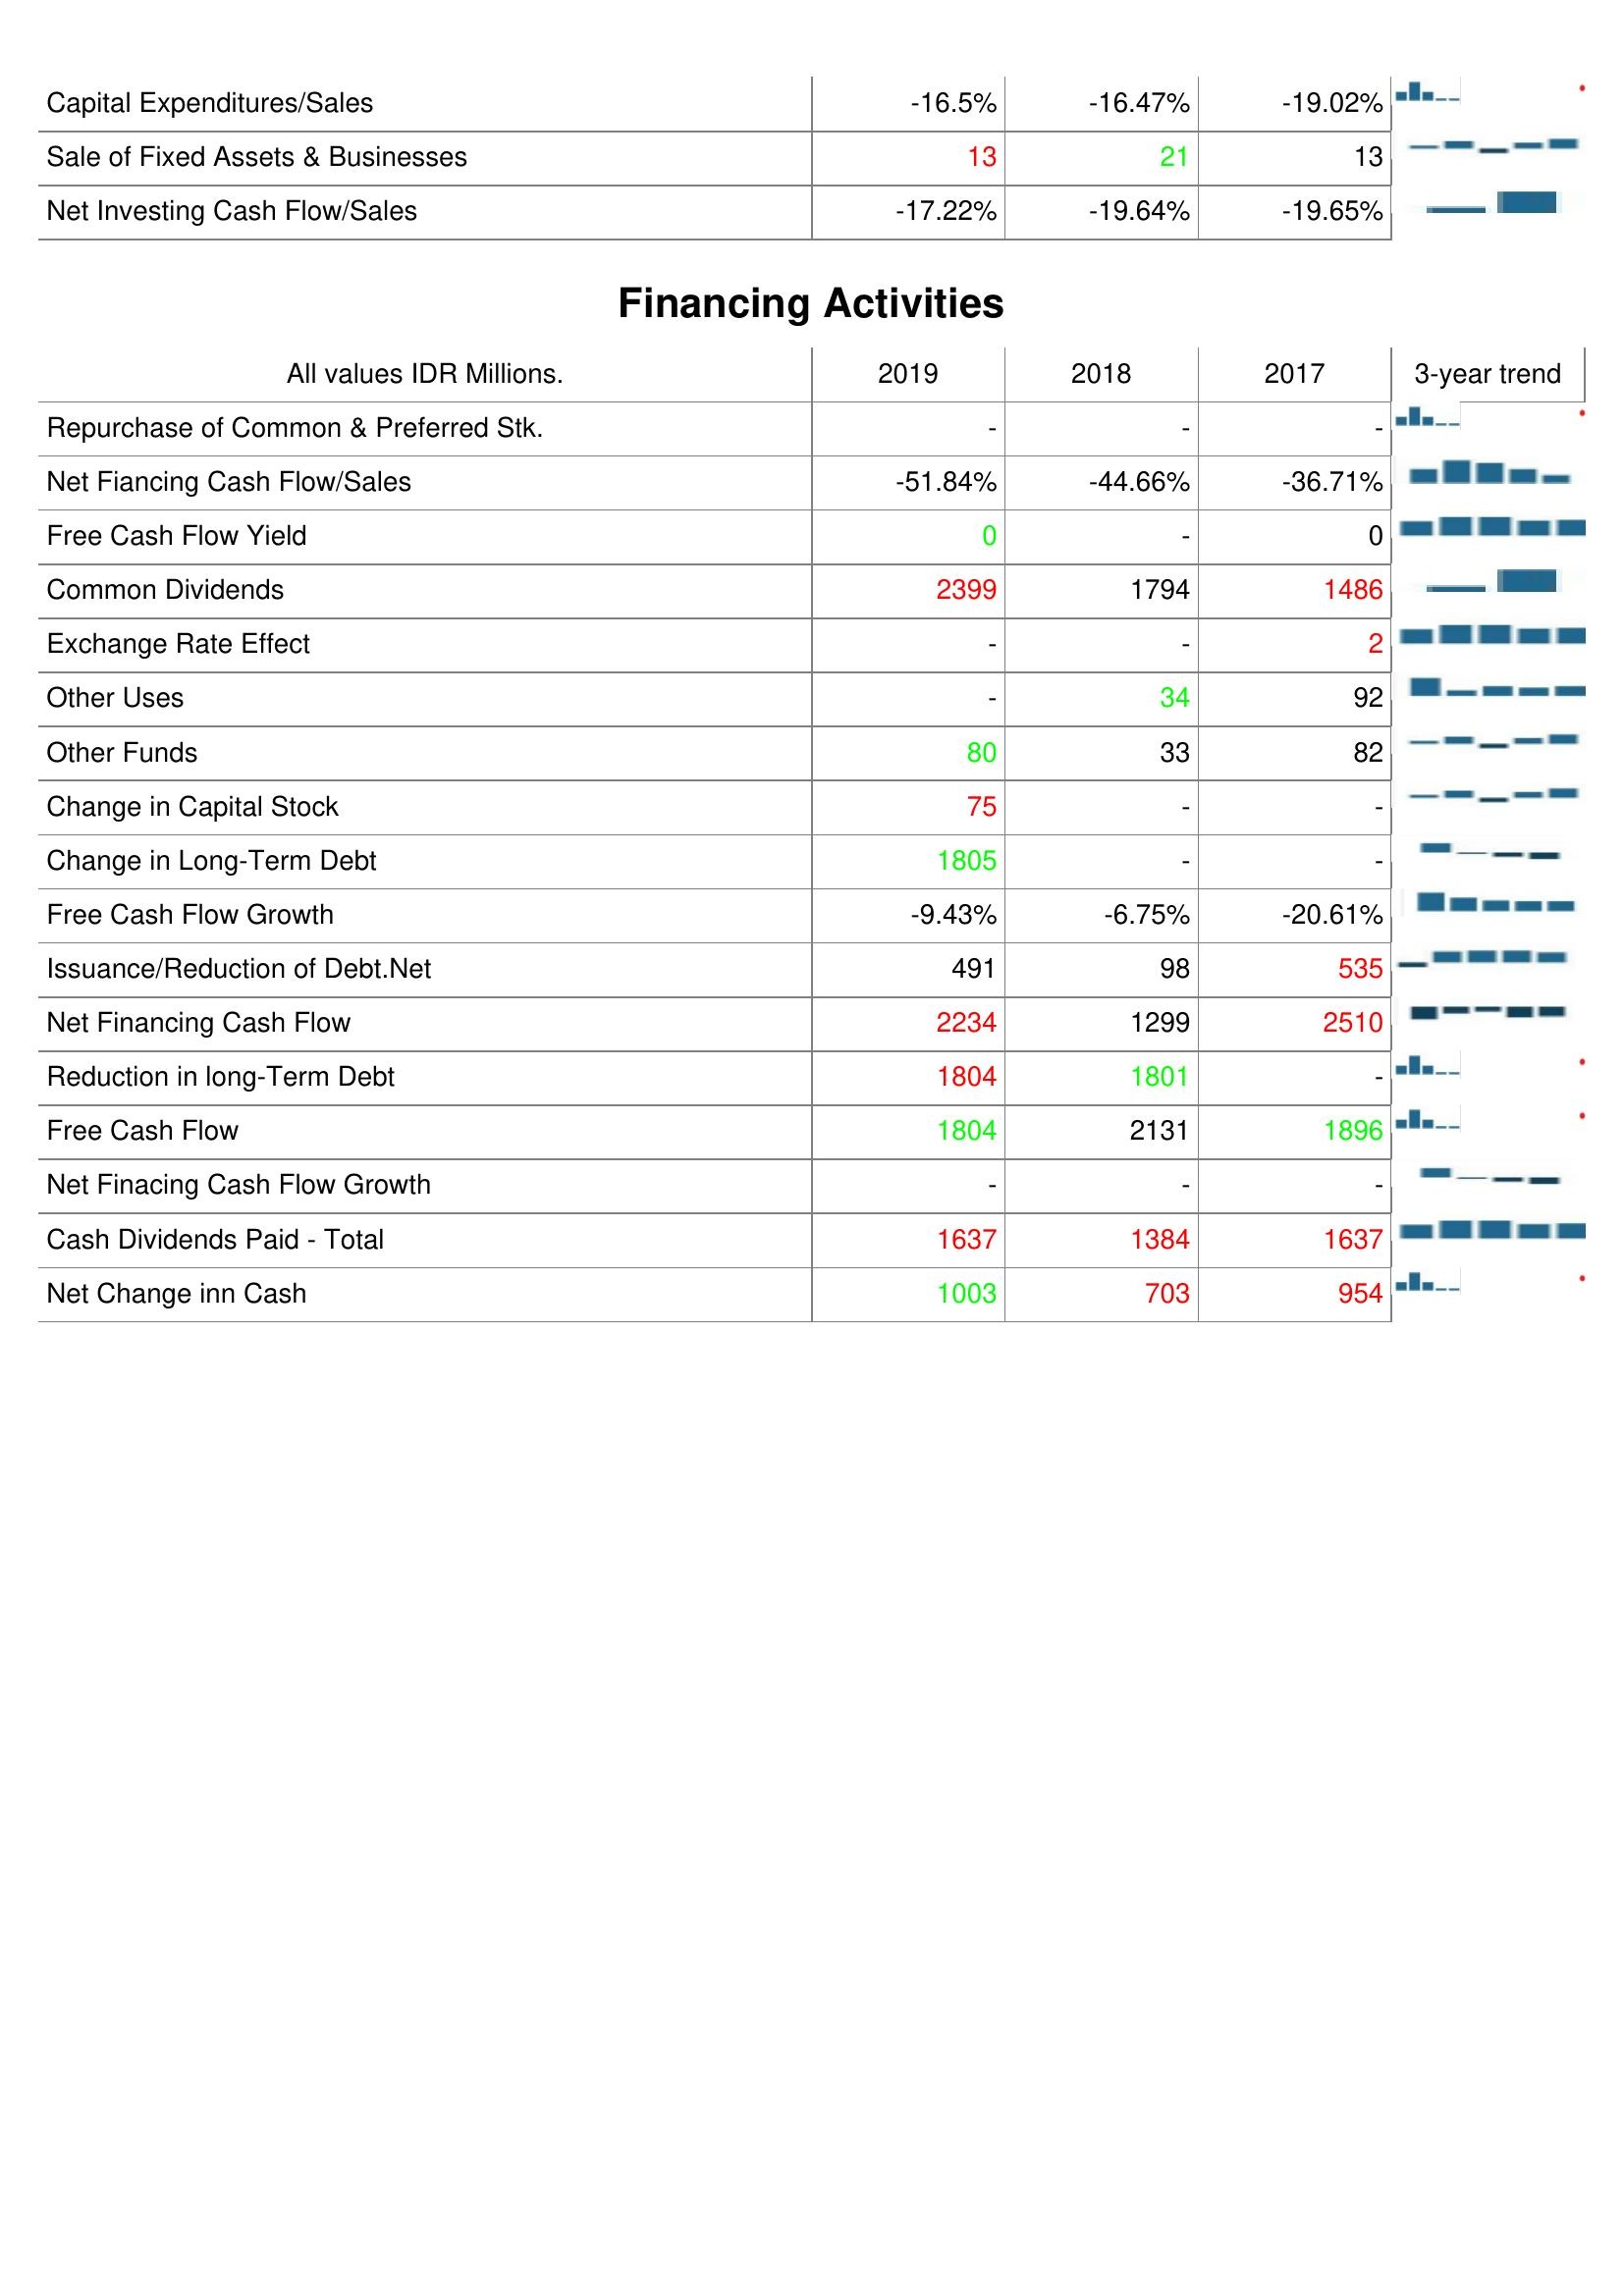
2019: Investing Activities: Capital Expenditures/Sales: -16.5%
Sale of Fixed Assets & Businesses: 13
Net Investing Cash Flow/Sales: -17.22%
Financing Activities: Repurchase of Common & Preferred Stk.: -
Net Fiancing Cash Flow/Sales: -51.84%
Free Cash Flow Yield: 0
Common Dividends: 2399
Exchange Rate Effect: -
Other Uses: -
Other Funds: 80
Change in Capital Stock: 75
Change in Long-Term Debt: 1805
Free Cash Flow Growth: -9.43%
Issuance/Reduction of Debt.Net: 491
Net Financing Cash Flow: 2234
Reduction in long-Term Debt: 1804
Free Cash Flow: 1804
Net Finacing Cash Flow Growth: -
Cash Dividends Paid - Total: 1637
Net Change inn Cash: 1003
2018: Investing Activities: Capital Expenditures/Sales: -16.47%
Sale of Fixed Assets & Businesses: 21
Net Investing Cash Flow/Sales: -19.64%
Financing Activities: Repurchase of Common & Preferred Stk.: -
Net Fiancing Cash Flow/Sales: -44.66%
Free Cash Flow Yield: -
Common Dividends: 1794
Exchange Rate Effect: -
Other Uses: 34
Other Funds: 33
Change in Capital Stock: -
Change in Long-Term Debt: -
Free Cash Flow Growth: -6.75%
Issuance/Reduction of Debt.Net: 98
Net Financing Cash Flow: 1299
Reduction in long-Term Debt: 1801
Free Cash Flow: 2131
Net Finacing Cash Flow Growth: -
Cash Dividends Paid - Total: 1384
Net Change inn Cash: 703
2017: Investing Activities: Capital Expenditures/Sales: -19.02%
Sale of Fixed Assets & Businesses: 13
Net Investing Cash Flow/Sales: -19.65%
Financing Activities: Repurchase of Common & Preferred Stk.: -
Net Fiancing Cash Flow/Sales: -36.71%
Free Cash Flow Yield: 0
Common Dividends: 1486
Exchange Rate Effect: 2
Other Uses: 92
Other Funds: 82
Change in Capital Stock: -
Change in Long-Term Debt: -
Free Cash Flow Growth: -20.61%
Issuance/Reduction of Debt.Net: 535
Net Financing Cash Flow: 2510
Reduction in long-Term Debt: -
Free Cash Flow: 1896
Net Finacing Cash Flow Growth: -
Cash Dividends Paid - Total: 1637
Net Change inn Cash: 954